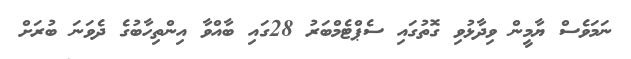
ނަމަވެސް ޔާމީން ވިދާޅުވި ގޮތުގައި ސެޕްޓެމްބަރު 28ގައި ބާއްވާ އިންތިހާބުގެ ދެވަނަ ބުރަށް